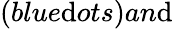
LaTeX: (blue\mathrm{d}ots)an\mathrm{d}